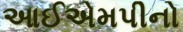
આઈએમપીનો